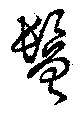
鬠